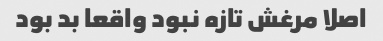
اصلا مرغش تازه نبود واقعا بد بود